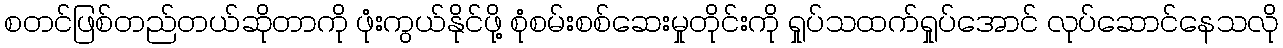
စတင်ဖြစ်တည်တယ်ဆိုတာကို ဖုံးကွယ်နိုင်ဖို့ စုံစမ်းစစ်ဆေးမှုတိုင်းကို ရှုပ်သထက်ရှုပ်အောင် လုပ်ဆောင်နေသလို